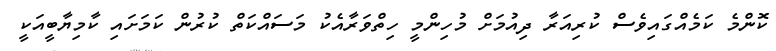
ކޮންމެ ކަމެއްގައިވެސް ކުރިއަރާ ދިއުމަށް މުހިންމީ ހިތްވަރާއެކު މަސައްކަތް ކުރުން ކަމަށައި ކާމިޔާބީއަކީ